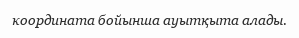
координата бойынша ауытқыта алады.